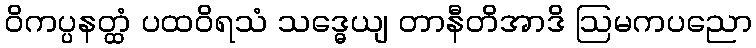
ဝိကပ္ပနတ္ထံ ပထဝိရသံ သဒ္ဓေယျ တာနီတိအာဒိ ဩမကပညော